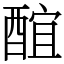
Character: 䣾